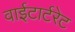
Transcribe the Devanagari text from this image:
वाईटार्टरेट